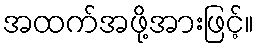
အထက်အဖို့အားဖြင့်။